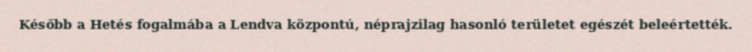
Később a Hetés fogalmába a Lendva központú, néprajzilag hasonló területet egészét beleértették.